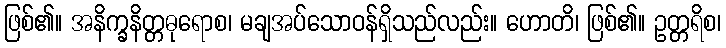
ဖြစ်၏။ အနိက္ခနိတ္တဓုရောစ၊ မချအပ်သောဝန်ရှိသည်လည်း။ ဟောတိ၊ ဖြစ်၏။ ဥတ္တရိစ၊